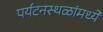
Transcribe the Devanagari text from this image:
पर्यटनस्थळांमध्ये